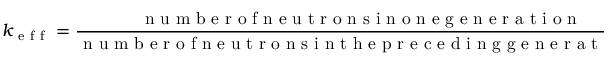
k _ { \mathrm { ~ e ~ f ~ f ~ } } = \frac { \mathrm { ~ n ~ u ~ m ~ b ~ e ~ r ~ o ~ f ~ n ~ e ~ u ~ t ~ r ~ o ~ n ~ s ~ i ~ n ~ o ~ n ~ e ~ g ~ e ~ n ~ e ~ r ~ a ~ t ~ i ~ o ~ n ~ } } { \mathrm { ~ n ~ u ~ m ~ b ~ e ~ r ~ o ~ f ~ n ~ e ~ u ~ t ~ r ~ o ~ n ~ s ~ i ~ n ~ t ~ h ~ e ~ p ~ r ~ e ~ c ~ e ~ d ~ i ~ n ~ g ~ g ~ e ~ n ~ e ~ r ~ a ~ t ~ i ~ o ~ n ~ } } .